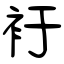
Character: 衧